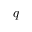
q